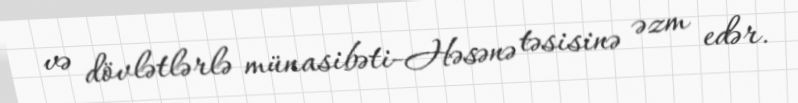
və dövlətlərlə münasibəti-Həsənə təsisinə əzm edər.